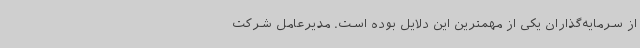
از سرمایه‌گذاران یکی از مهمترین این دلایل بوده است. مدیرعامل شرکت